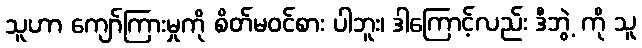
သူဟာ ကျော်ကြားမှုကို စိတ်မဝင်စား ပါဘူး၊ ဒါကြောင့်လည်း ဒီဘွဲ့ ကို သူ